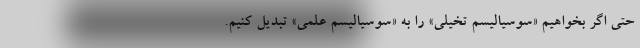
حتی اگر بخواهیم «سوسیالیسم تخیلی» را به «سوسیالیسم علمی» تبدیل کنیم.